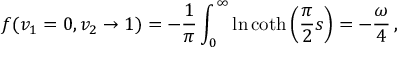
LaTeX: f ( v _ { 1 } = 0 , v _ { 2 } \to 1 ) = - \frac { 1 } { \pi } \int _ { 0 } ^ { \infty } \ln \coth \left( \frac { \pi } { 2 } s \right) = - \frac { \omega } { 4 } \, ,